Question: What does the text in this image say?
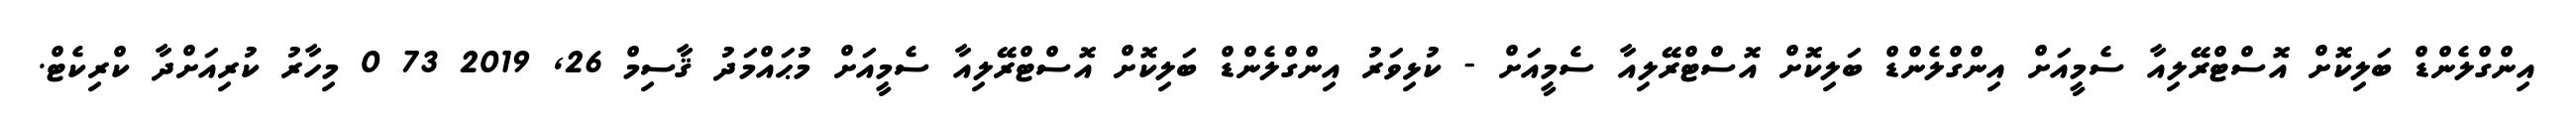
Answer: އިންގްލެންޑް ބަލިކޮށް އޮސްޓްރޭލިއާ ސެމީއަށް އިންގްލެންޑް ބަލިކޮށް އޮސްޓްރޭލިއާ ސެމީއަށް - ކުޅިވަރު އިންގްލެންޑް ބަލިކޮށް އޮސްޓްރޭލިއާ ސެމީއަށް މުޙައްމަދު ޤާސިމް 26, 2019 73 0 މިހާރު ކުރިއަށްދާ ކްރިކެޓް.